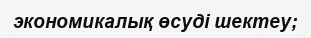
экономикалық өсуді шектеу;